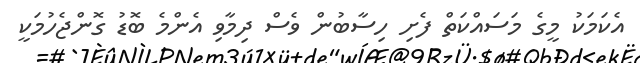
އެކަމަކު މީގެ މަސައްކަތް ފެށި ހިސާބުުން ވެސް ދިމާވި އެންމެ ބޮޑު ގޮންޖެހުމަކީ